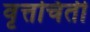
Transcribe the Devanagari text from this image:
वृत्तचिती